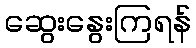
ဆွေးနွေးကြရန်